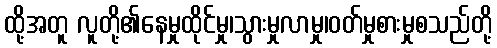
ထို့အတူ လူတို့၏နေမှုထိုင်မှု၊သွားမှုလာမှု၊ဝတ်မှုစားမှုစသည်တို့